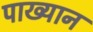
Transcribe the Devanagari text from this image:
पाख्यान